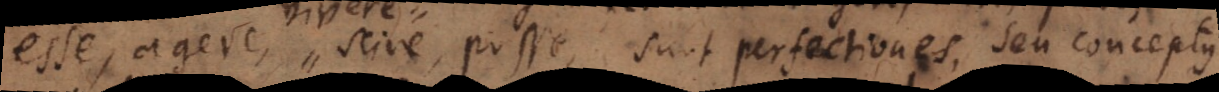
sse, scire, posse, sunt perfectiones, seu conceptus